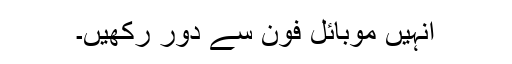
انہیں موبائل فون سے دور رکھیں۔